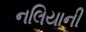
નલિયાની